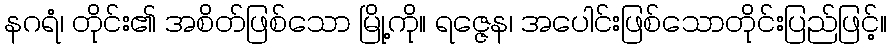
နဂရံ၊ တိုင်း၏ အစိတ်ဖြစ်သော မြို့ကို။ ရဇ္ဇေန၊ အပေါင်းဖြစ်သောတိုင်းပြည်ဖြင့်။